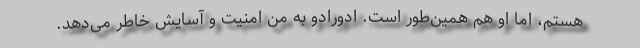
هستم، اما او هم همین‌طور است. ادورادو به من امنیت و آسایش خاطر می‌دهد.